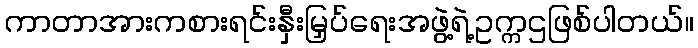
ကာတာအားကစားရင်းနှီးမြှပ်ရေးအဖွဲ့ရဲ့ဥက္ကဌဖြစ်ပါတယ်။